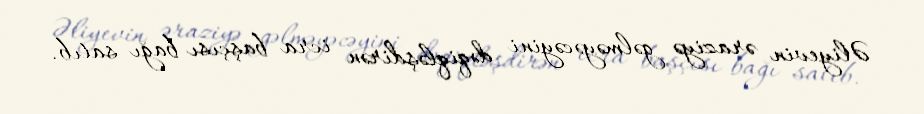
Əliyevin əraziyə gəlməyəcəyini dəqiqləşdirən icra başçısı bağı satıb.